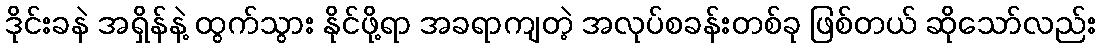
ဒိုင်းခနဲ အရှိန်နဲ့ ထွက်သွား နိုင်ဖို့ရာ အခရာကျတဲ့ အလုပ်စခန်းတစ်ခု ဖြစ်တယ် ဆိုသော်လည်း